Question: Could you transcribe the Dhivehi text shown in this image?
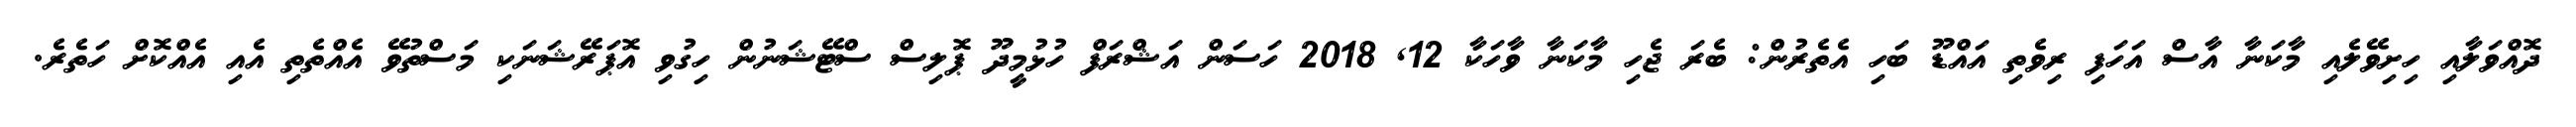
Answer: ދޮއްވަލާއި ހިށިވޭލެއި މާކަނާ އާސް އަހަފި ރިވެތި އައްޑޫ ބަހި އެތެރުން: ބެރަ ޖެހި މާކަނާ ވާހަކާ 12, 2018 ހަސަން އަޝްރަފް ހުޅުމީދޫ ޕޮލިސް ސްޓޭޝަނުން ހިގުވި އޮޕަރޭޝަނަކި މަސްތުވޭ އެއްތެތި އެއި އެއްކޮށް ހަތެރެ.